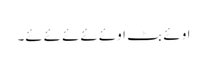
اوئے بٹ اوئےئےئےئےئے۔